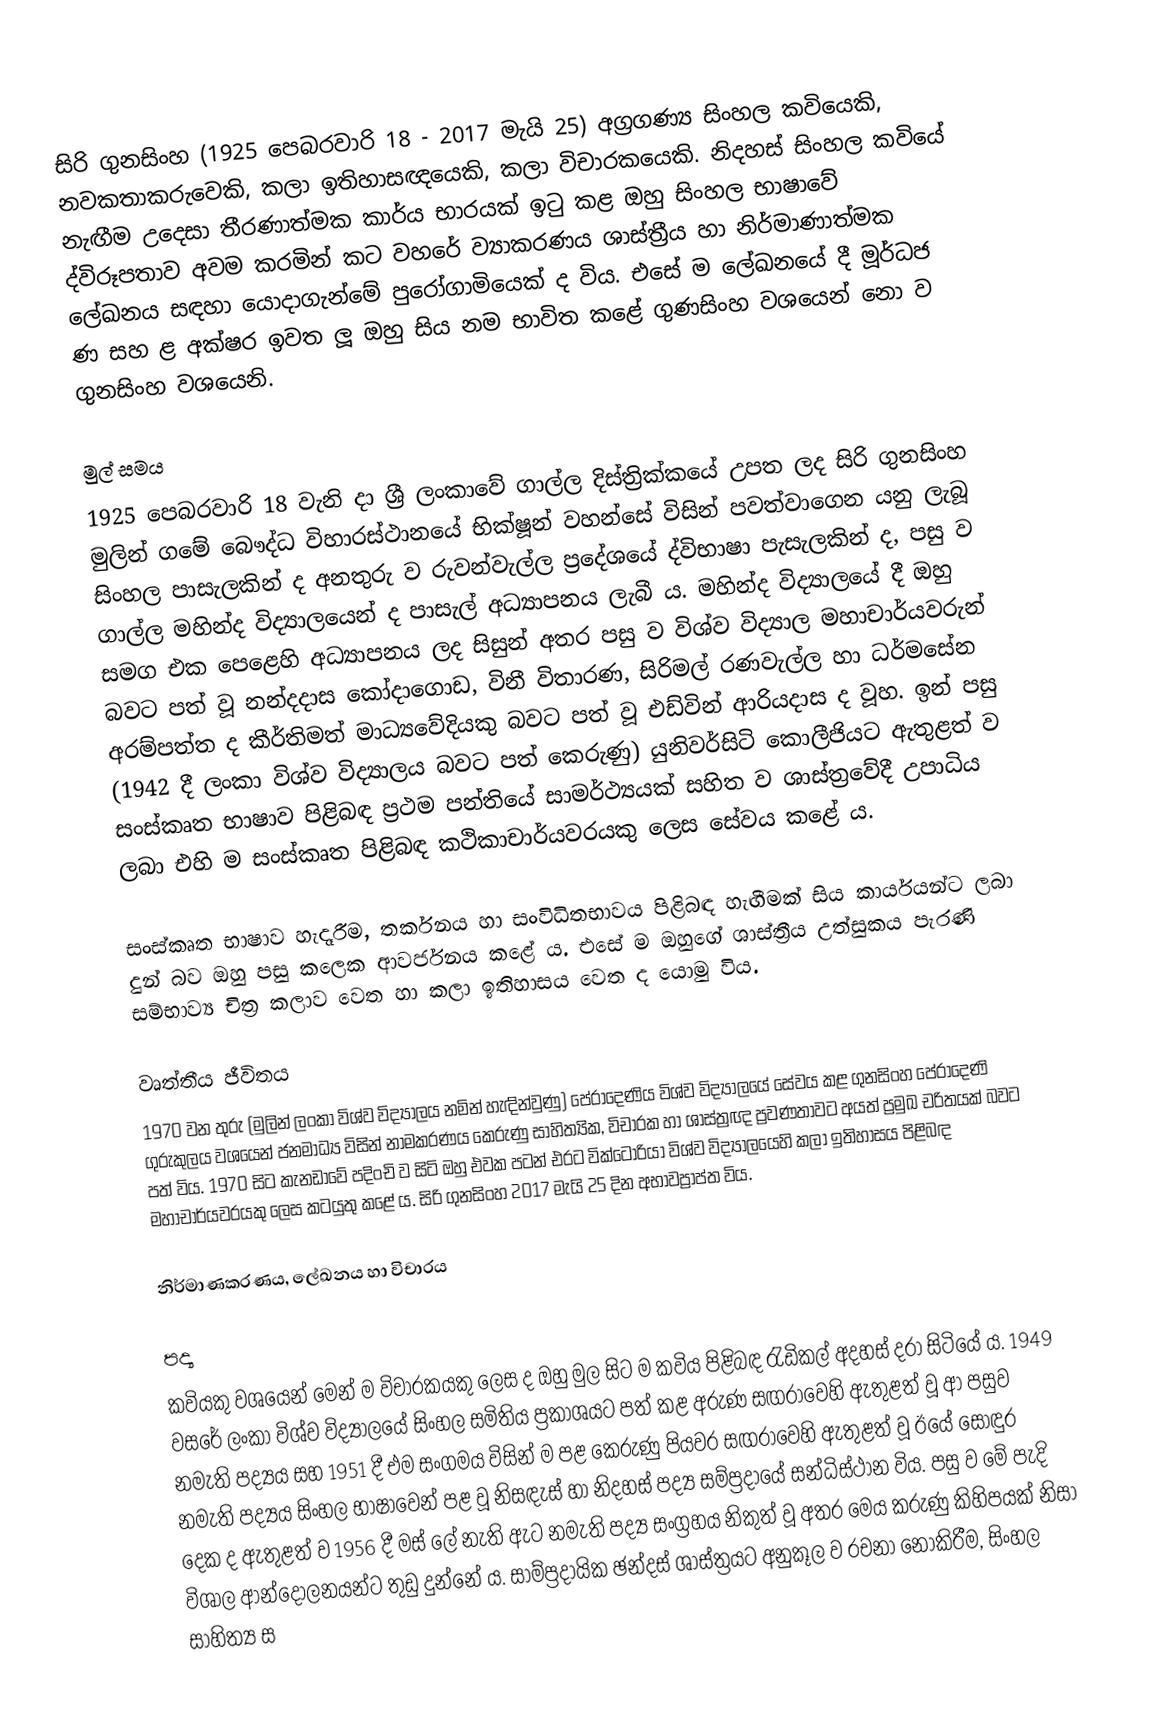
සිරි ගුනසිංහ (1925 පෙබරවාරි 18 - 2017 මැයි 25) අග්‍රගණ්‍ය සිංහල කවියෙකි, නවකතාකරුවෙකි, කලා ඉතිහාසඥයෙකි, කලා විචාරකයෙකි. නිදහස් සිංහල කවියේ නැඟීම උදෙසා තීරණාත්මක කාර්ය භාරයක් ඉටු කළ ඔහු සිංහල භාෂාවේ ද්විරූපතාව අවම කරමින් කට වහරේ ව්‍යාකරණය ශාස්ත්‍රීය හා නිර්මාණාත්මක ලේඛනය සඳහා යොදාගැන්මේ පුරෝගාමියෙක් ද විය. එසේ ම ලේඛනයේ දී මූර්ධජ ණ සහ ළ අක්ෂර ඉවත ලූ ඔහු සිය නම භාවිත කළේ ගුණසිංහ වශයෙන් නො ව ගුනසිංහ වශයෙනි.

මුල් සමය
1925 පෙබරවාරි 18 වැනි දා ශ්‍රී ලංකාවේ ගාල්ල දිස්ත්‍රික්කයේ උපත ලද සිරි ගුනසිංහ මුලින් ගමේ බෞද්ධ විහාරස්ථානයේ භික්ෂූන් වහන්සේ විසින් පවත්වාගෙන යනු ලැබූ සිංහල පාසැලකින් ද අනතුරු ව රුවන්වැල්ල ප්‍රදේශයේ ද්විභාෂා පැසැලකින් ද, පසු ව ගාල්ල මහින්ද විද්‍යාලයෙන් ද පාසැල් අධ්‍යාපනය ලැබී ය. මහින්ද විද්‍යාලයේ දී ඔහු සමග එක පෙළෙහි අධ්‍යාපනය ලද සිසුන් අතර පසු ව විශ්ව විද්‍යාල මහාචාර්යවරුන් බවට පත් වූ නන්දදාස කෝදාගොඩ, විනී විතාරණ,  සිරිමල් රණවැල්ල හා ධර්මසේන අරම්පත්ත ද කීර්තිමත් මාධ්‍යවේදියකු බවට පත් වූ එඩ්වින් ආරියදාස ද වූහ. ඉන් පසු (1942 දී ලංකා විශ්ව විද්‍යාලය බවට පත් කෙරුණු) යුනිවර්සිටි කොලීජියට ඇතුළත් ව සංස්කෘත භාෂාව පිළිබඳ ප්‍රථම පන්තියේ සාමර්ථ්‍යයක් සහිත ව ශාස්ත්‍රවේදී උපාධිය ලබා එහි ම සංස්කෘත පිළිබඳ කථිකාචාර්යවරයකු ලෙස සේවය කළේ ය.

සංස්කෘත භාෂාව හැදෑරීම, තර්කනය හා සංවිධිතභාවය පිළිබඳ හැඟීමක් සිය කාර්යයන්ට ලබා දුන් බව ඔහු පසු කලෙක ආවර්ජනය කළේ ය. එසේ ම ඔහුගේ ශාස්ත්‍රීය උත්සුකය පැරණි සම්භාව්‍ය චිත්‍ර කලාව වෙත හා කලා ඉතිහාසය වෙත ද යොමු විය.

වෘත්තීය ජීවිතය
1970 වන තුරු (මුලින් ලංකා විශ්ව විද්‍යාලය නමින් හැඳින්වුණු) පේරාදෙණිය විශ්ව විද්‍යාලයේ සේවය කළ ගුනසිංහ පේරාදෙණි ගුරුකුලය වශයෙන් ජනමාධ්‍ය විසින් නාමකරණය කෙරුණු සාහිත්‍යික, විචාරක හා ශාස්ත්‍රඥ ප්‍රවණතාවට අයත් ප්‍රමුඛ චරිතයක් බවට පත් විය. 1970 සිට කැනඩාවේ පදිංචි ව සිටි ඔහු එවක පටන් එරට වික්ටෝරියා විශ්ව විද්‍යාලයෙහි කලා ඉතිහාසය පිළිබඳ මහාචාර්යවරයකු ලෙස කටයුතු කළේ ය. සිරි ගුනසිංහ 2017 මැයි 25 දින අභාවප්‍රාප්ත විය.

නිර්මාණකරණය, ලේඛනය හා විචාරය

පද්‍ය
කවියකු වශයෙන් මෙන් ම විචාරකයකු ලෙස ද ඔහු මුල සිට ම කවිය පිළිබඳ රැඩිකල් අදහස් දරා සිටියේ ය. 1949 වසරේ ලංකා විශ්ව විද්‍යාලයේ සිංහල සමිතිය ප්‍රකාශයට පත් කළ අරුණ සඟරාවෙහි ඇතුළත් වූ ආ පසුව නමැති පද්‍යය සහ 1951 දී එම සංගමය විසින් ම පළ කෙරුණු පියවර සඟරාවෙහි ඇතුළත් වූ ඊයේ සොඳුර නමැති පද්‍යය සිංහල භාෂාවෙන් පළ වූ නිසඳැස් හා නිදහස් පද්‍ය සම්ප්‍රදායේ සන්ධිස්ථාන විය. පසු ව මේ පැදි දෙක ද ඇතුළත් ව 1956 දී මස් ලේ නැති ඇට නමැති පද්‍ය සංග්‍රහය නිකුත් වූ අතර මෙය කරුණු කිහිපයක් නිසා විශාල ආන්දෝලනයන්ට තුඩු දුන්නේ ය. සාම්ප්‍රදායික ඡන්දස් ශාස්ත්‍රයට අනුකූල ව රචනා නොකිරීම, සිංහල සාහිත්‍ය ස